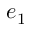
e _ { 1 }